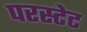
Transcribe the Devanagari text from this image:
परस्टेट